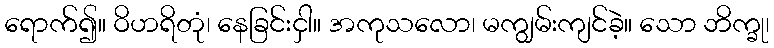
ရောက်၍။ ဝိဟရိတုံ၊ နေခြင်းငှါ။ အကုသလော၊ မကျွမ်းကျင်ခဲ့။ သော ဘိက္ခု၊